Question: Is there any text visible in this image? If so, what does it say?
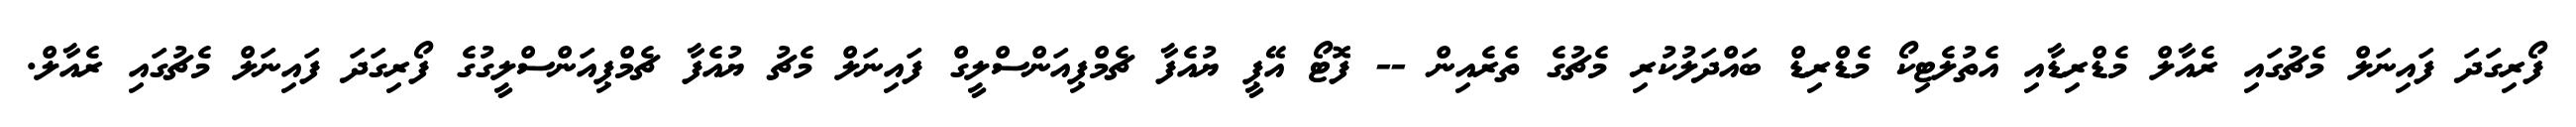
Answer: ފޯރިގަދަ ފައިނަލް މެޗުގައި ރެއާލް މެޑްރިޑާއި އެތުލެޓިކޯ މެޑްރިޑް ބައްދަލުކުރި މެޗުގެ ތެރެއިން -- ފޮޓޯ އޭޕީ ޔުއެފާ ޗެމްޕިއަންސްލީގް ފައިނަލް މެޗު ޔުއެފާ ޗެމްޕިއަންސްލީގުގެ ފޯރިގަދަ ފައިނަލް މެޗުގައި ރެއާލް.